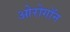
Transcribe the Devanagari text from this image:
ओरोगॉन